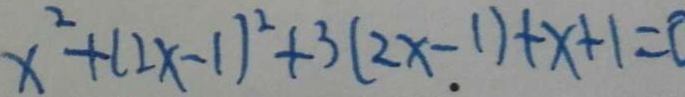
x ^ { 2 } + ( 2 x - 1 ) ^ { 2 } + 3 ( 2 x - 1 ) + x + 1 = 0